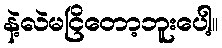
နဲ့လဲမငြိတော့ဘူးပေါ့။